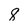
Character: 8